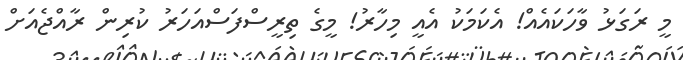
މީ ރަގަޅު ވާހަކައެއް! އެކަމަކު އެއީ މިހާރު! މީގެ ތިރީސްފަސްއަހަރު ކުރިން ރާއްޖެއަށް